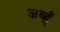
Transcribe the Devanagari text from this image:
जव्हँ